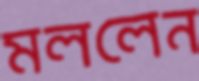
মললেন